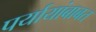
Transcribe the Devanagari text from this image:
पर्यायांबाबत